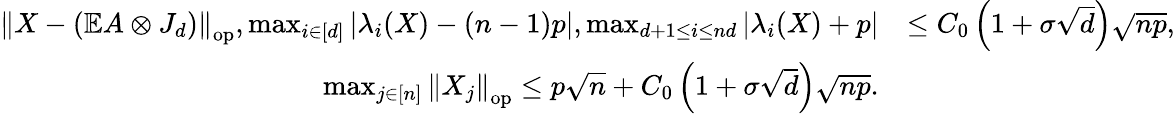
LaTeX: \begin{array}{rl}{\left\| {X-(\mathbb{E}A\otimes J_{d})}\right\| _{\mathrm{op}},\operatorname*{max}_{i\in[d]}\left|\lambda_{i}(X)-(n-1)p\right|,\operatorname*{max}_{d+1\leq i\leq nd}\left|\lambda_{i}(X)+p\right|}&{\leq C_{0}\left(1+\sigma\sqrt{d}\right)\sqrt{np},}\\ {\operatorname*{max}_{j\in[n]}\left\| {X_{j}}\right\| _{\mathrm{op}}\leq p\sqrt{n}+C_{0}\left(1+\sigma\sqrt{d}\right)\sqrt{np}.}\end{array}